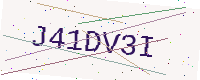
Text: J41DV3I